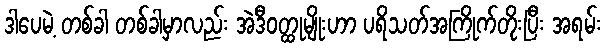
ဒါပေမဲ့ တစ်ခါ တစ်ခါမှာလည်း အဲဒီဝတ္ထုမျိုးဟာ ပရိသတ်အကြိုက်တိုးပြီး အရမ်း